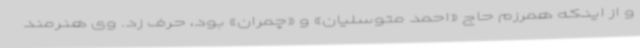
و از اینکه همرزم حاج «احمد متوسلیان» و «چمران» بود، حرف زد. وی هنرمند